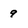
Character: 9